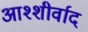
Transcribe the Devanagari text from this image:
आश्शीर्वाद